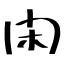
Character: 閑